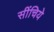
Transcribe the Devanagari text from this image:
सींचिये